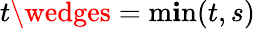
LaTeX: t\wedges=\operatorname*{m\mathbf{i}n}(t,s)